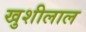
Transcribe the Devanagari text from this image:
खुशीलाल